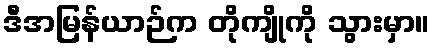
ဒီအမြန်ယာဉ်က တိုကျိုကို သွားမှာ။